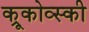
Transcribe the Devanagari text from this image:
क्रूकोव्स्की